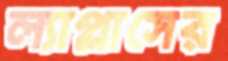
ল্যাপ্লাসের